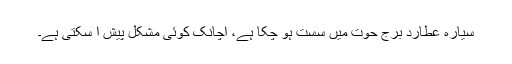
سیارہ عطارد برج حوت میں سست ہو چکا ہے، اچانک کوئی مشکل پیش آ سکتی ہے۔